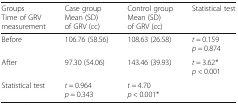
| GroupsTime of GRV measurement | Case groupMean (SD) of GRV (cc) | Control groupMean (SD) of GRV (cc) | Statistical test |
 | --- | --- | --- | --- |
 | Before | 106.76 (58.56) | 108.63 (26.58) | t = 0.159p = 0.874 |
 | After | 97.30 (54.06) | 143.46 (39.93) | t = 3.62*p < 0.001 |
 | Statistical test | t = 0.964p = 0.343 | t = 4.70p < 0.001* |  |